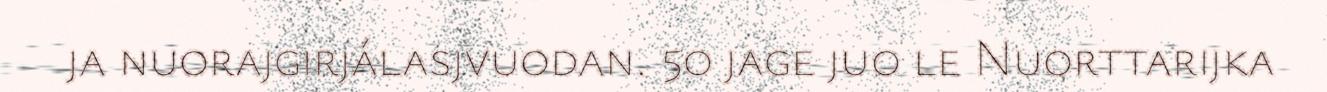
ja nuorajgirjálasjvuodan. 50 jage juo le Nuorttarijka